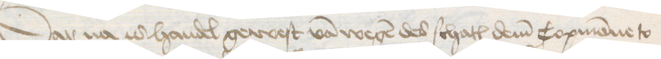
Dar na is handel gewest van wegen des schates dem Copmanne to